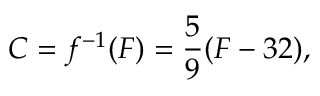
C = f ^ { - 1 } ( F ) = { \frac { 5 } { 9 } } ( F - 3 2 ) ,